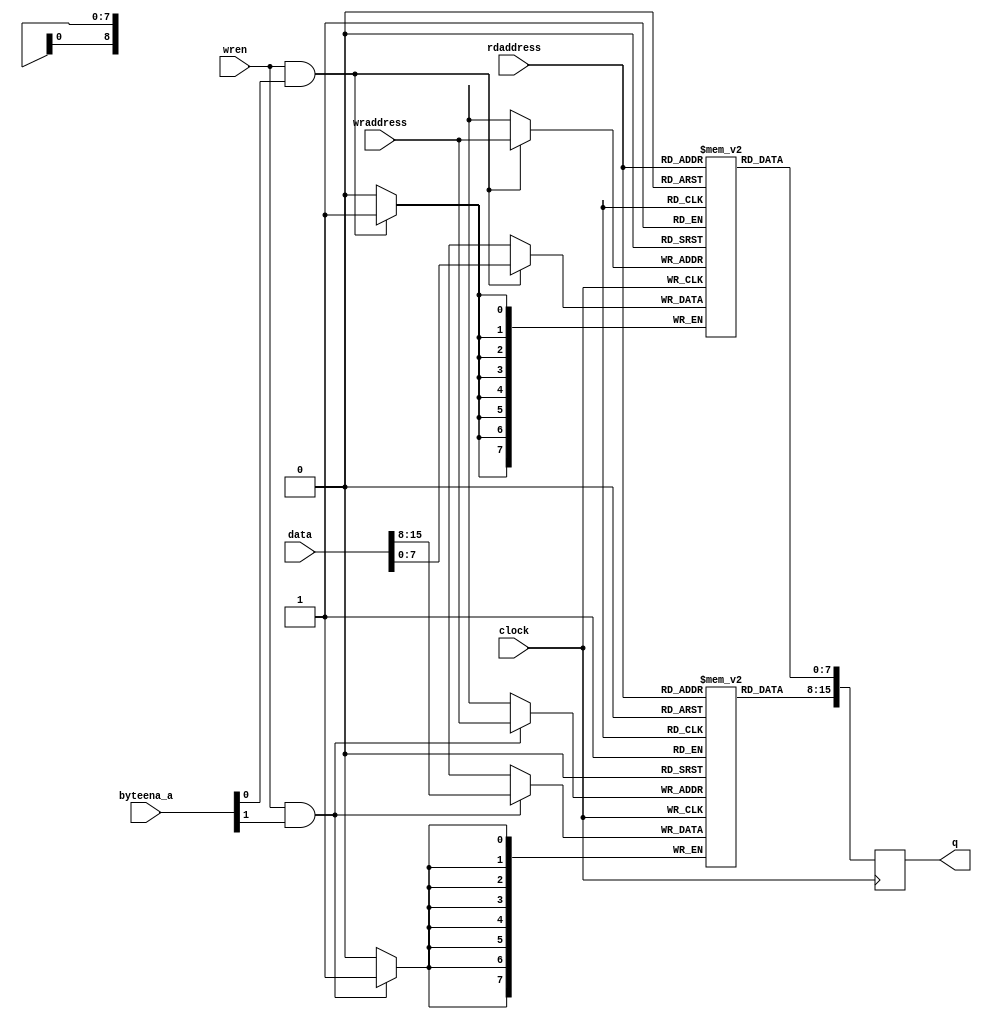
// tpram_inf_be_512x16.v
// 2013, rok.krajnc@gmail.com
// inferrable two-port memory with byte-enables

module tpram_inf_be_512x16 (
  input  wire           clock,
  input  wire [  9-1:0] wraddress,
  input  wire           wren,
  input  wire [  2-1:0] byteena_a,
  input  wire [ 16-1:0] data,
  input  wire [  9-1:0] rdaddress,
  output reg  [ 16-1:0] q
);

// memory
reg [8-1:0] mem0 [0:512-1];
reg [8-1:0] mem1 [0:512-1];

// read / write
always @ (posedge clock) begin
  if (wren && byteena_a[0]) mem0[wraddress] <= #1 data[ 8-1:0];
  if (wren && byteena_a[1]) mem1[wraddress] <= #1 data[16-1:8];
  q[ 8-1:0] <= #1 mem0[rdaddress];
  q[16-1:8] <= #1 mem1[rdaddress];
end

endmodule